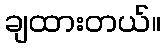
ချထားတယ်။